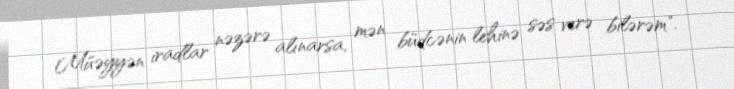
Müəyyən iradlar nəzərə alınarsa, mən büdcənin lehinə səs verə bilərəm".